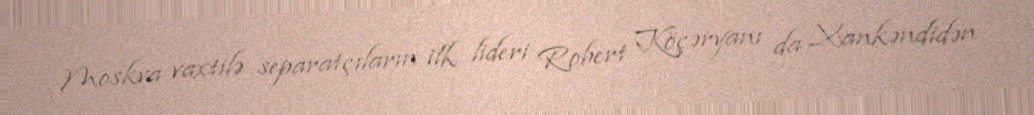
Moskva vaxtilə separatçıların ilk lideri Robert Köçəryanı da Xankəndidən